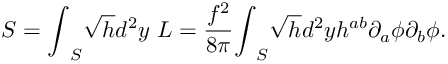
{ \cal S } = { \int } _ { S } \sqrt { h } d ^ { 2 } y ~ { \cal L } = \frac { f ^ { 2 } } { 8 { \pi } } { \int } _ { S } \sqrt { h } d ^ { 2 } y h ^ { a b } { \partial } _ { a } { \phi } { \partial } _ { b } { \phi } .